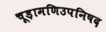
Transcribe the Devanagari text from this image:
चूड़ामणिउपनिषद